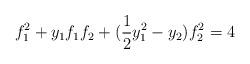
LaTeX: \begin{align*}f_1^2 + y_1 f_1 f_2 + (\frac{1}{2} y^2_1 - y_2) f_2^2 = 4\end{align*}